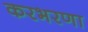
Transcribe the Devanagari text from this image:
करभरणा